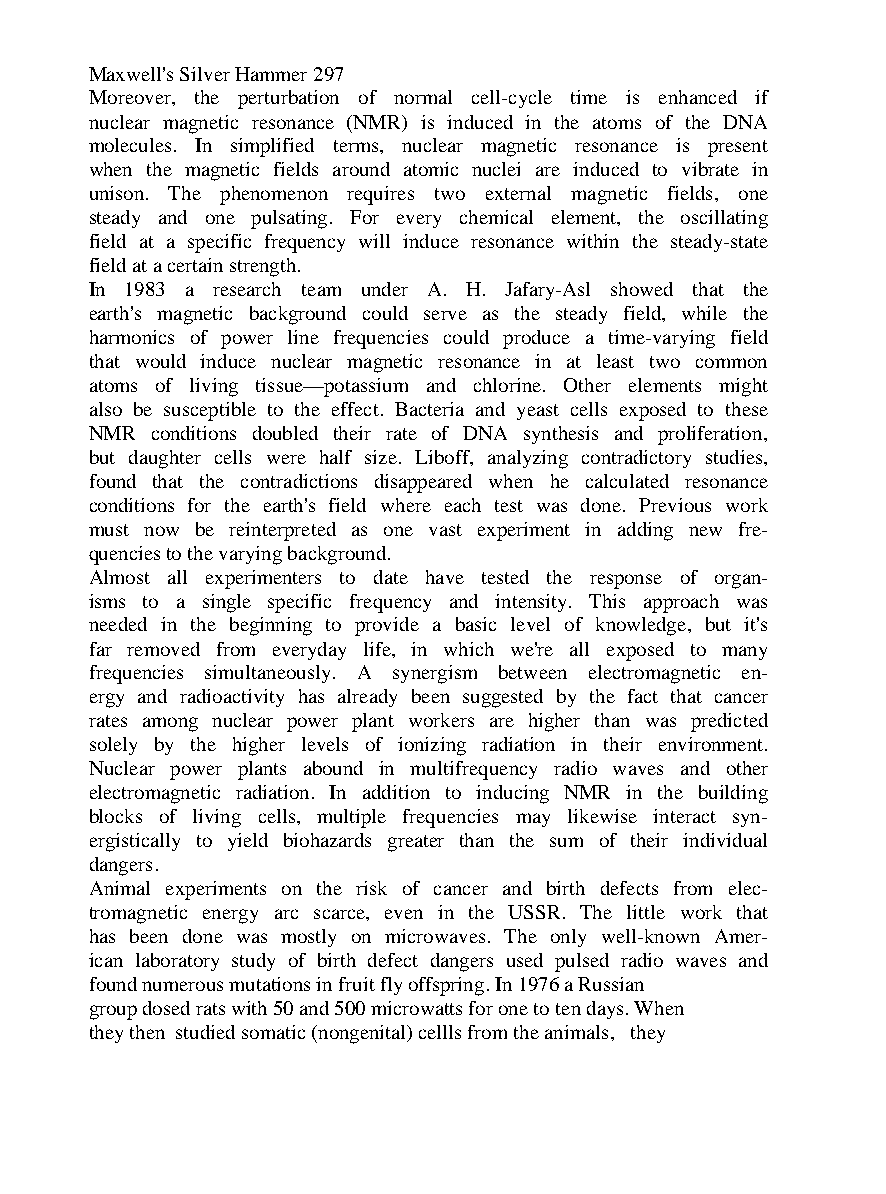
Maxwell's Silver Hammer 297
 Moreover, the perturbation of normal cell-cycle time is enhanced if
 nuclear magnetic resonance (NMR) is induced in the atoms of the DNA
 molecules. In simplified terms, nuclear magnetic resonance is present
 when the magnetic fields around atomic nuclei are induced to vibrate in
 unison. The phenomenon requires two external magnetic fields, one
 steady and one pulsating. For every chemical element, the oscillating
 field at a specific frequency will induce resonance within the steady-state
 field at a certain strength.
 In 1983 a research team under A. H. Jafary-Asl showed that the
 earth's magnetic background could serve as the steady field, while the
 harmonics of power line frequencies could produce a time-varying field
 that would induce nuclear magnetic resonance in at least two common
 atoms of living tissue—potassium and chlorine. Other elements might
 also be susceptible to the effect. Bacteria and yeast cells exposed to these
 NMR conditions doubled their rate of DNA synthesis and proliferation,
 but daughter cells were half size. Liboff, analyzing contradictory studies,
 found that the contradictions disappeared when he calculated resonance
 conditions for the earth's field where each test was done. Previous work
 must now be reinterpreted as one vast experiment in adding new fre-
 quencies to the varying background.
 Almost all experimenters to date have tested the response of organ-
 isms to a single specific frequency and intensity. This approach was
 needed in the beginning to provide a basic level of knowledge, but it's
 far removed from everyday life, in which we're all exposed to many
 frequencies simultaneously. A synergism between electromagnetic en-
 ergy and radioactivity has already been suggested by the fact that cancer
 rates among nuclear power plant workers are higher than was predicted
 solely by the higher levels of ionizing radiation in their environment.
 Nuclear power plants abound in multifrequency radio waves and other
 electromagnetic radiation. In addition to inducing NMR in the building
 blocks of living cells, multiple frequencies may likewise interact syn-
 ergistically to yield biohazards greater than the sum of their individual
 dangers.
 Animal experiments on the risk of cancer and birth defects from elec-
 tromagnetic energy arc scarce, even in the USSR. The little work that
 has been done was mostly on microwaves. The only well-known Amer-
 ican laboratory study of birth defect dangers used pulsed radio waves and
 found numerous mutations in fruit fly offspring. In 1976 a Russian
 group dosed rats with 50 and 500 microwatts for one to ten days. When
 they then studied somatic (nongenital) cellls from the animals, they